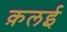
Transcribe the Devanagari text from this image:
क़लई